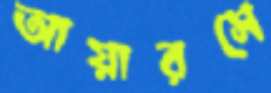
আয়ারসে